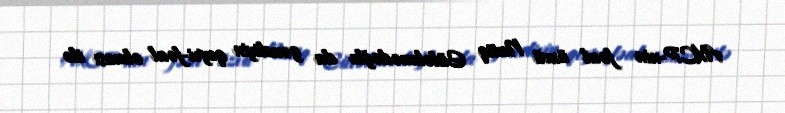
AXCP-nin fəal üzvü Natiq Güləhmədoğlu da gəncliyin qeyri-fəal olması ilə